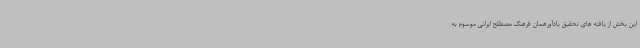
این بخش از یافته های تحقیق یادآورهمان فرهنگ مصطلح ایرانی موسوم به